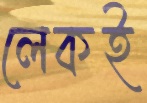
লেকই